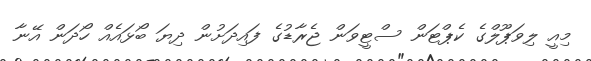
މިއީ ލިވަޕޫލްގެ ކެޕްޓަން ސްޓީވަން ޖެރާޑުގެ ފައިދަށުން ދިޔަ ބޯޅައެއް ހޯދަން އޭނާ